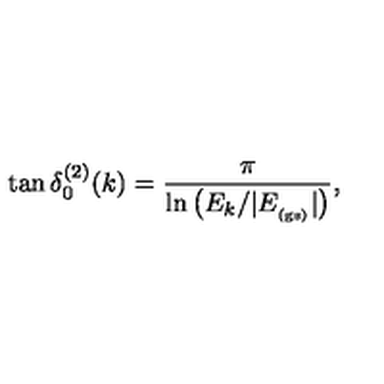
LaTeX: \tan \delta _ { 0 } ^ { ( 2 ) } ( k ) = \frac { \pi } { \ln \left( E _ { k } / | E _ { _ \mathrm { ( g s ) } } | \right) } ,